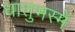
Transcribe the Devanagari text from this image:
धातुभस्में